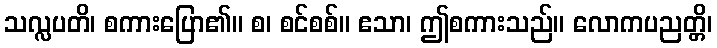
သလ္လပတိ၊ စကားပြော၏။ စ၊ စင်စစ်။ ဧသာ၊ ဤစကားသည်။ လောကပညတ္တိ၊